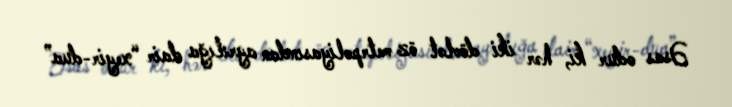
Əsas odur ki, hər iki dövlət öz metrpoliyasından ayrılığa dair “xeyir-dua”